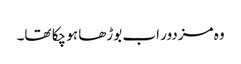
وہ مزدور اب بوڑھا ہو چکا تھا۔